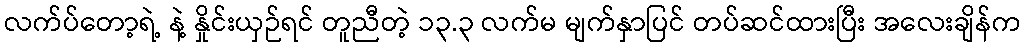
လက်ပ်တော့ရဲ့ နဲ့ နှိုင်းယှဉ်ရင် တူညီတဲ့ ၁၃.၃ လက်မ မျက်နှာပြင် တပ်ဆင်ထားပြီး အလေးချိန်က